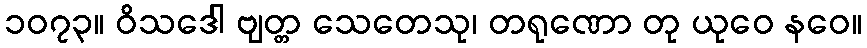
၁၀၇၃။ ဝိသဒေါ ဗျတ္တ သေတေသု၊ တရုဏော တု ယုဝေ နဝေ။